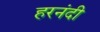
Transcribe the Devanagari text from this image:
हरनंदी